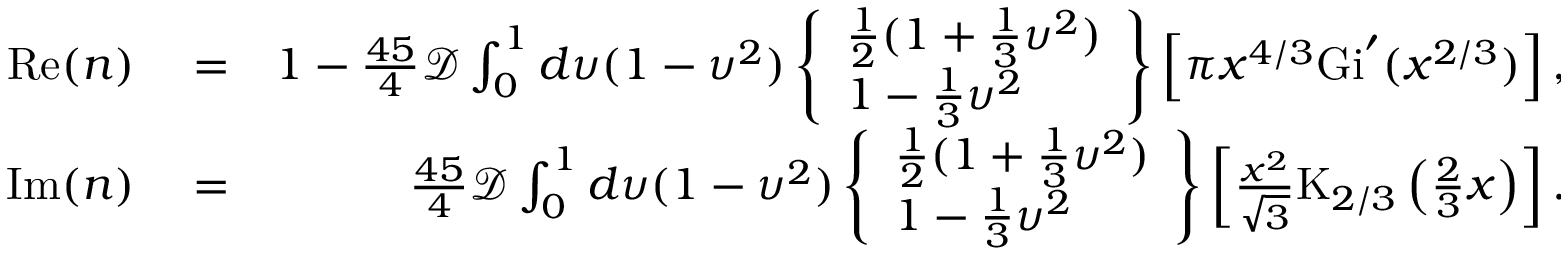
\begin{array} { r l r } { \mathrm { R e } ( n ) } & { { } = } & { 1 - \frac { 4 5 } { 4 } \mathcal { D } \int _ { 0 } ^ { 1 } d \upsilon ( 1 - \upsilon ^ { 2 } ) \left\{ \begin{array} { l } { \frac { 1 } { 2 } ( 1 + \frac { 1 } { 3 } \upsilon ^ { 2 } ) } \\ { 1 - \frac { 1 } { 3 } \upsilon ^ { 2 } } \end{array} \right\} \left[ \pi x ^ { 4 / 3 } \mathrm { G i } ^ { \prime } ( x ^ { 2 / 3 } ) \right] , } \\ { \mathrm { I m } ( n ) } & { { } = } & { \frac { 4 5 } { 4 } \mathcal { D } \int _ { 0 } ^ { 1 } d \upsilon ( 1 - \upsilon ^ { 2 } ) \left\{ \begin{array} { l } { \frac { 1 } { 2 } ( 1 + \frac { 1 } { 3 } \upsilon ^ { 2 } ) } \\ { 1 - \frac { 1 } { 3 } \upsilon ^ { 2 } } \end{array} \right\} \left[ \frac { x ^ { 2 } } { \sqrt { 3 } } \mathrm { K } _ { 2 / 3 } \left( \frac { 2 } { 3 } x \right) \right] . } \end{array}